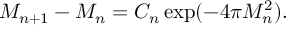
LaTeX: M _ { n + 1 } - M _ { n } = C _ { n } \exp ( - 4 \pi M _ { n } ^ { 2 } ) .